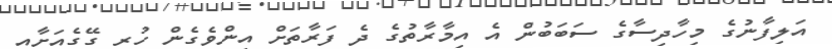
އަލިފާނުގެ މިހާދިސާގެ ސަބަބުން އެ އިމާރާތުގެ ދެ ފަރާތަށް އިންވެގެން ހުރި ގޭގެއަށާއި